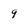
Character: 9